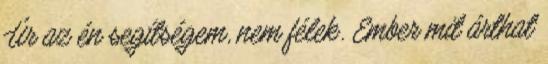
Úr az én segítségem, nem félek. Ember mit árthat